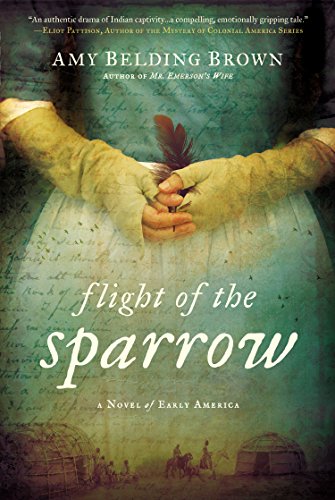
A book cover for Flight of the Sparrow: A Novel of Early America; Amy Belding Brown; Literature & Fiction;